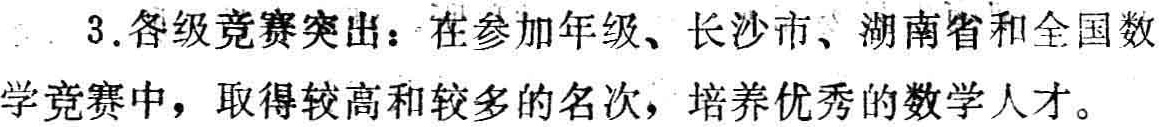
3.各级竞赛突出：在参加年级、长沙市、湖南省和全国数学竞赛中，取得较高和较多的名次，培养优秀的数学人才。